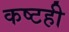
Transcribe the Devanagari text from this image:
कष्टही